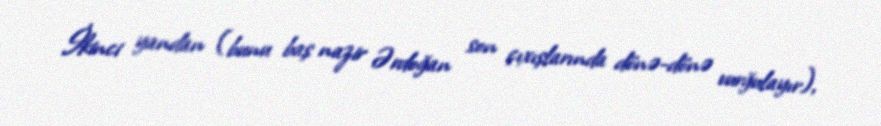
İkinci yandan (bunu baş nazir Ərdoğan son çıxışlarında dönə-dönə vurğulayır),